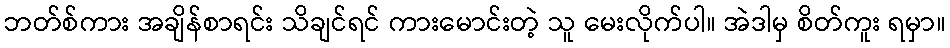
ဘတ်စ်ကား အချိန်စာရင်း သိချင်ရင် ကားမောင်းတဲ့ သူ မေးလိုက်ပါ။ အဲဒါမှ စိတ်ကူး ရမှာ။